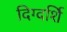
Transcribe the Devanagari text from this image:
दिग्दर्शि